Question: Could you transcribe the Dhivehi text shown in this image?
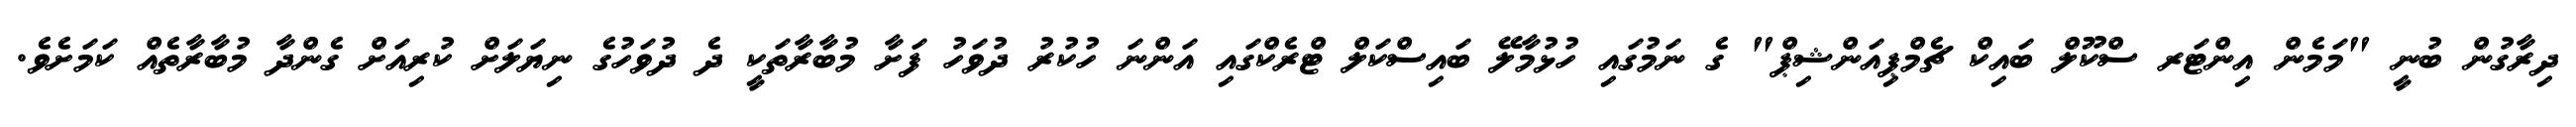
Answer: ދިރާގުން ބުނީ "މަމެން އިންޓަރ ސްކޫލް ބައިކް ޗެމްޕިއަންޝިޕް" ގެ ނަމުގައި ހުޅުމާލޭ ބައިސްކަލް ޓްރެކްގައި އަންނަ ހުކުރު ދުވަހު ފަށާ މުބާރާތަކީ ދެ ދުވަހުގެ ނިޔަލަށް ކުރިއަށް ގެންދާ މުބާރާތެއް ކަމަށެވެ.